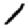
Digit: 1